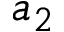
a _ { 2 }